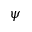
\psi